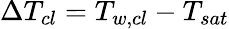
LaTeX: \Delta T_{cl}=T_{w,cl}-T_{sat}